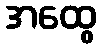
အထွေ